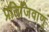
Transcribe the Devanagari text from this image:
प्रतिजिवाणू